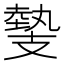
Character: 𢻝